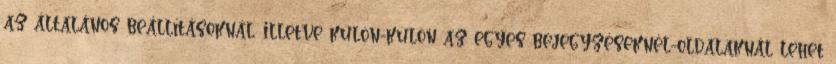
az általános beállításoknál, illetve külön-külön az egyes bejegyzéseknél-oldalaknál lehet